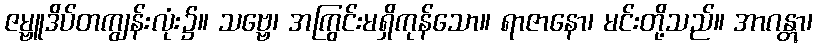
ဇမ္ဗူဒိပ်တကျွန်းလုံး၌။ သဗ္ဗေ၊ အကြွင်းမရှိကုန်သော။ ရာဇာနော၊ မင်းတို့သည်။ အာဂန္တွာ၊